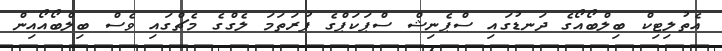
އެތުލިޓިކް ބިލްބޯއޯގެ ދަނޑުގައި ސްޕެނިޝް ސްޕަކަޕްގެ ފުރަތަމަ ލެގްގެ މެޗްގައި ވެސް ބިލްބޯއޯއިން